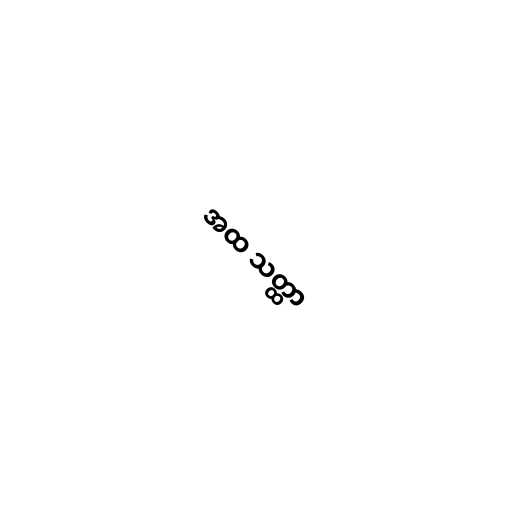
အထ သတ္ထာ